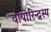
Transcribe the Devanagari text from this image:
वायोरिन्द्रस्य